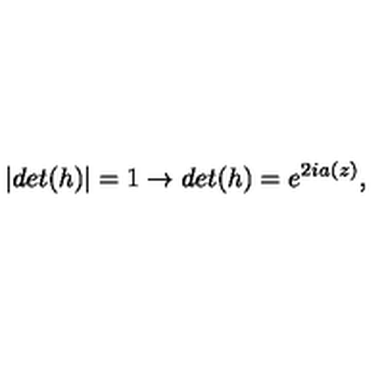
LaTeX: | d e t ( h ) | = 1 \rightarrow d e t ( h ) = e ^ { 2 i a ( z ) } ,